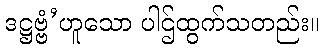
ဒဋ္ဌဗ္ဗံ’ဟူသော ပါဌ်ထွက်သတည်း။